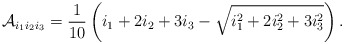
\begin{align*}\mathcal{A}_{i_1 i_2 i_3} = \frac{1}{10}\left( i_1 + 2i_2 + 3i_3 - \sqrt{ i_1^2 + 2i_2^2 + 3i_3^2 }\right).\end{align*}